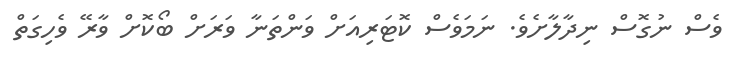
ވެސް ނުގޮސް ނިދާލާށެވެ. ނަމަވެސް ކޮޓަރިއަށް ވަންތަނާ ވަރަށް ބޯކޮށް ވާރޭ ވެހިގަތް